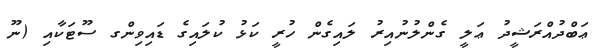
ޢަބްދުއްރަޝީދު ޢަލީ ގެންލުނުއިރު ލައިގެން ހުރީ ކަޅު ކުލައިގެ ޑައިވިންގ ސޫޓަކާއި (ނޫ